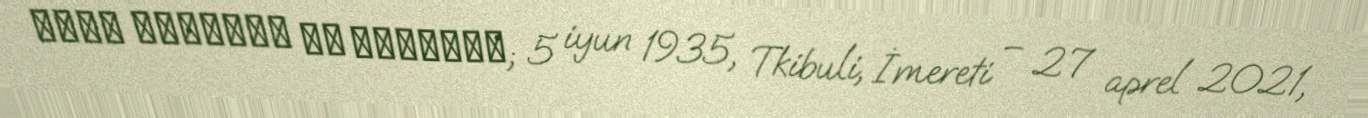
კახი დავითის ძე კავსაძე; 5 iyun 1935, Tkibuli, İmereti – 27 aprel 2021,